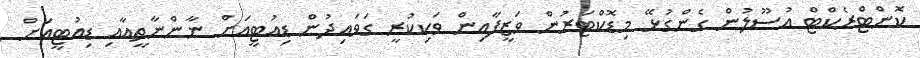
ކޮންޓްރެކްޓް އުސޫލުން ގެންގުޅޭ މިޑޮކްޓަރުން ވަޒީފާއިން ވަކިކުރީ ގަވައިދުން ޑިއުޓީއަށް ނާންނާތީއާއި ޑިއުޓީއަށް